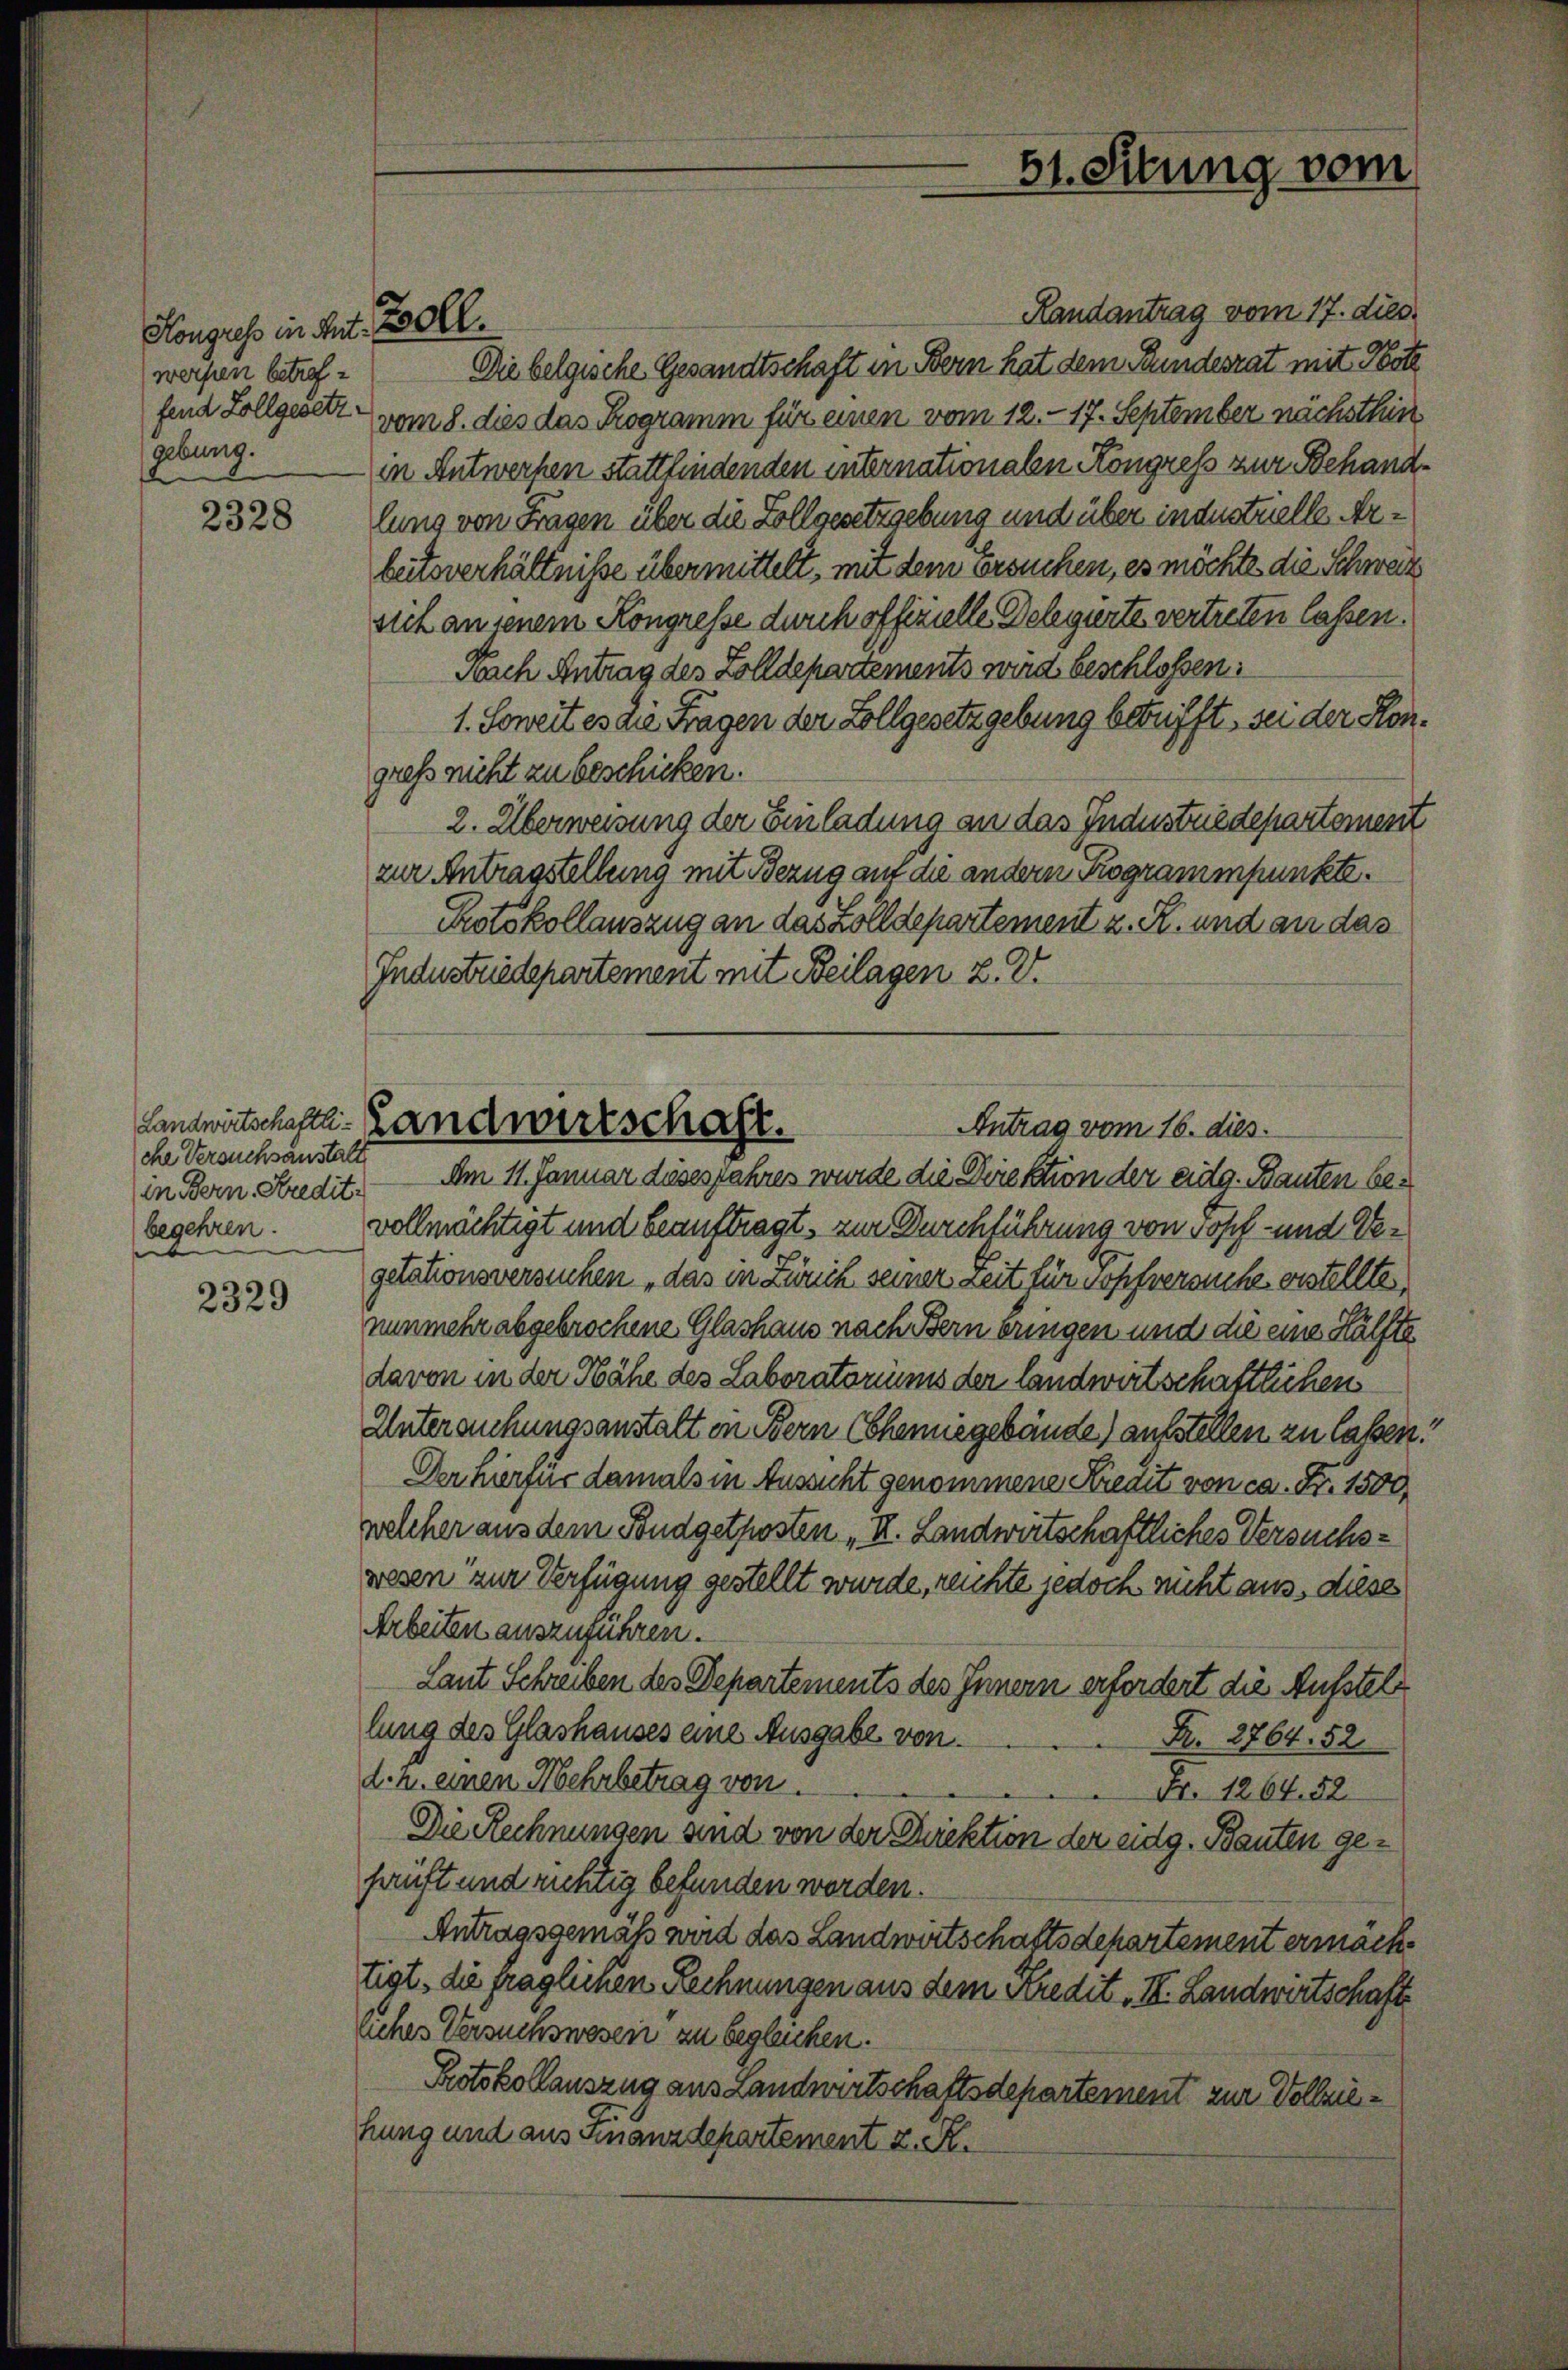
Kongress in Ant. Boll
werfen betrefgebung.

2328

che Versuchsanstalt
begehren.

2329

Randantrag vom 17. dies
Die belgische Gesandtschaft in Bern hat dem Bundesrat mit Note
fend Zollgesetz vom 8. dies das Programm für einen vom 12. 17. September nächsthin
in Entwerfen stattfindenden internationalen Kongress zur Behandlung von Fragen über die Zollgesetzgebung und über industrielle Arbeitsverhältniße übermittelt, mit dem ersuchen, es möchte die Schweiz
sich an jenem Kongresse durch offizielle Delegirte vertreten lassen.
Nach Antrag des Zolldepartements wird beschlossen:
1. Soweit es die Fragen der Zollgesetzgebung betrifft, sei der Hongreß nicht zu beschicken.
2. Überweisung der Einladung an das Industriedepartement
zur Antragstellung mit Bezug auf die andern Programmpunkte.
Protokollauszug an das Zolldepartement z. K. und an das
Industriedepartement mit Beilagen 2. V.
Antrag vom 16. dies.
in Bern. Kredit. Am 11. Januar dieses Jahres wurde die Direktion der eidg. Bauten bevollmächtigt und beauftragt, zur Durchführung von Topf- und Vegetationsversuchen das in Zürich seiner Zeit für Kopfversuche erstellte,
nunmehr abgebrochene Glashaus nach Bern eringen und die eine Hälfte
davon in der Nähe des Laboratoriums der landwirtschaftlichen
Untersuchungsanstalt in Bern Chemiegebäude) aufstellen zu lassen.
Der hierfür damals in Aussicht genommene Kredit von ca. Fr. 1500
welcher aus dem Budgetposten „I. Landwirtschaftliches Versuchswesen zur Verfügung gestellt wurde, reichte jedoch nicht aus, diese
Arbeiten auszuführen.
Laut Schreiben des Departements des Innern erfordert die Ausstel
lung des Glashauses eine Ausgabe von
Nr. 2764. 52
d. h. einen Mehrbetrag von
Fr. 1264. 52
Die Rechnungen und von der Direktion der eidg. Bauten gehauft und richtig befunden worden.
Antragsgemäß wird das Landwirtschaftsdepartement ermachtigt, die fraglichen Rechnungen aus dem Kredit II. Landwirtschaft
uches Versuchswesen zu begleichen.
Protokollauszug aus Landwirtschaftsdepartement zur Vollziehung und aus Finanzdepartement z. R.

Landwirtschafte Landwirtschaft.

51. Situng vom